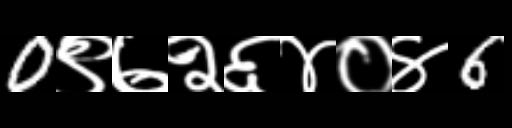
Text: 0९७२६४०४6